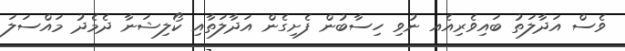
ވެސް އަދާލަތު ބައިވެރިއެއ ނުވި ހިސާބުން ފެށިގެން އަދާލަތާއި ކޯލިޝަނާ ދެމެދު މައްސަލަ